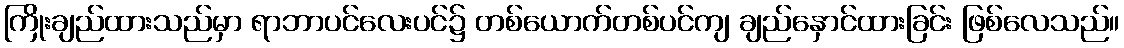
ကြိုးချည်ထားသည်မှာ ရာဘာပင်လေးပင်၌ တစ်ယောက်တစ်ပင်ကျ ချည်နှောင်ထားခြင်း ဖြစ်လေသည်။